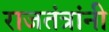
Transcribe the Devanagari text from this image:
राजतंत्रांनी